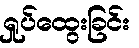
ရှုပ်ထွေးခြင်း